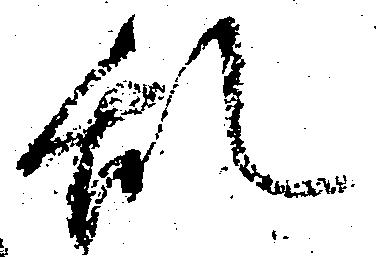
乱